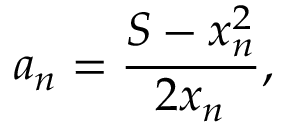
a _ { n } = { \frac { S - x _ { n } ^ { 2 } } { 2 x _ { n } } } ,